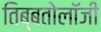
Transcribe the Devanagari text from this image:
तिब्‍बतोलॉजी